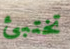
تختبئ